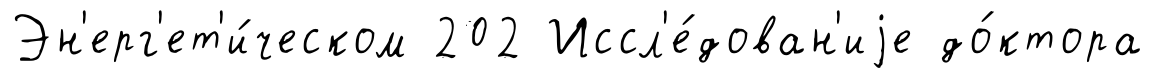
Эн'ерг'ет'и́ческом 202 Иссл'е́дован'иjе до́ктора